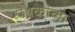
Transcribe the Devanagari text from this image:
पथकांच्या